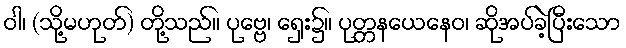
ဝါ၊ (သို့မဟုတ်) တို့သည်။ ပုဗ္ဗေ၊ ရှေး၌။ ပုတ္တနယေနေဝ၊ ဆိုအပ်ခဲ့ပြီးသော